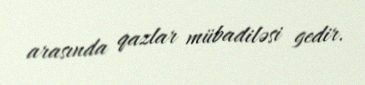
arasında qazlar mübadiləsi gedir.